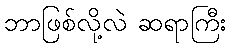
ဘာဖြစ်လို့လဲ ဆရာကြီး